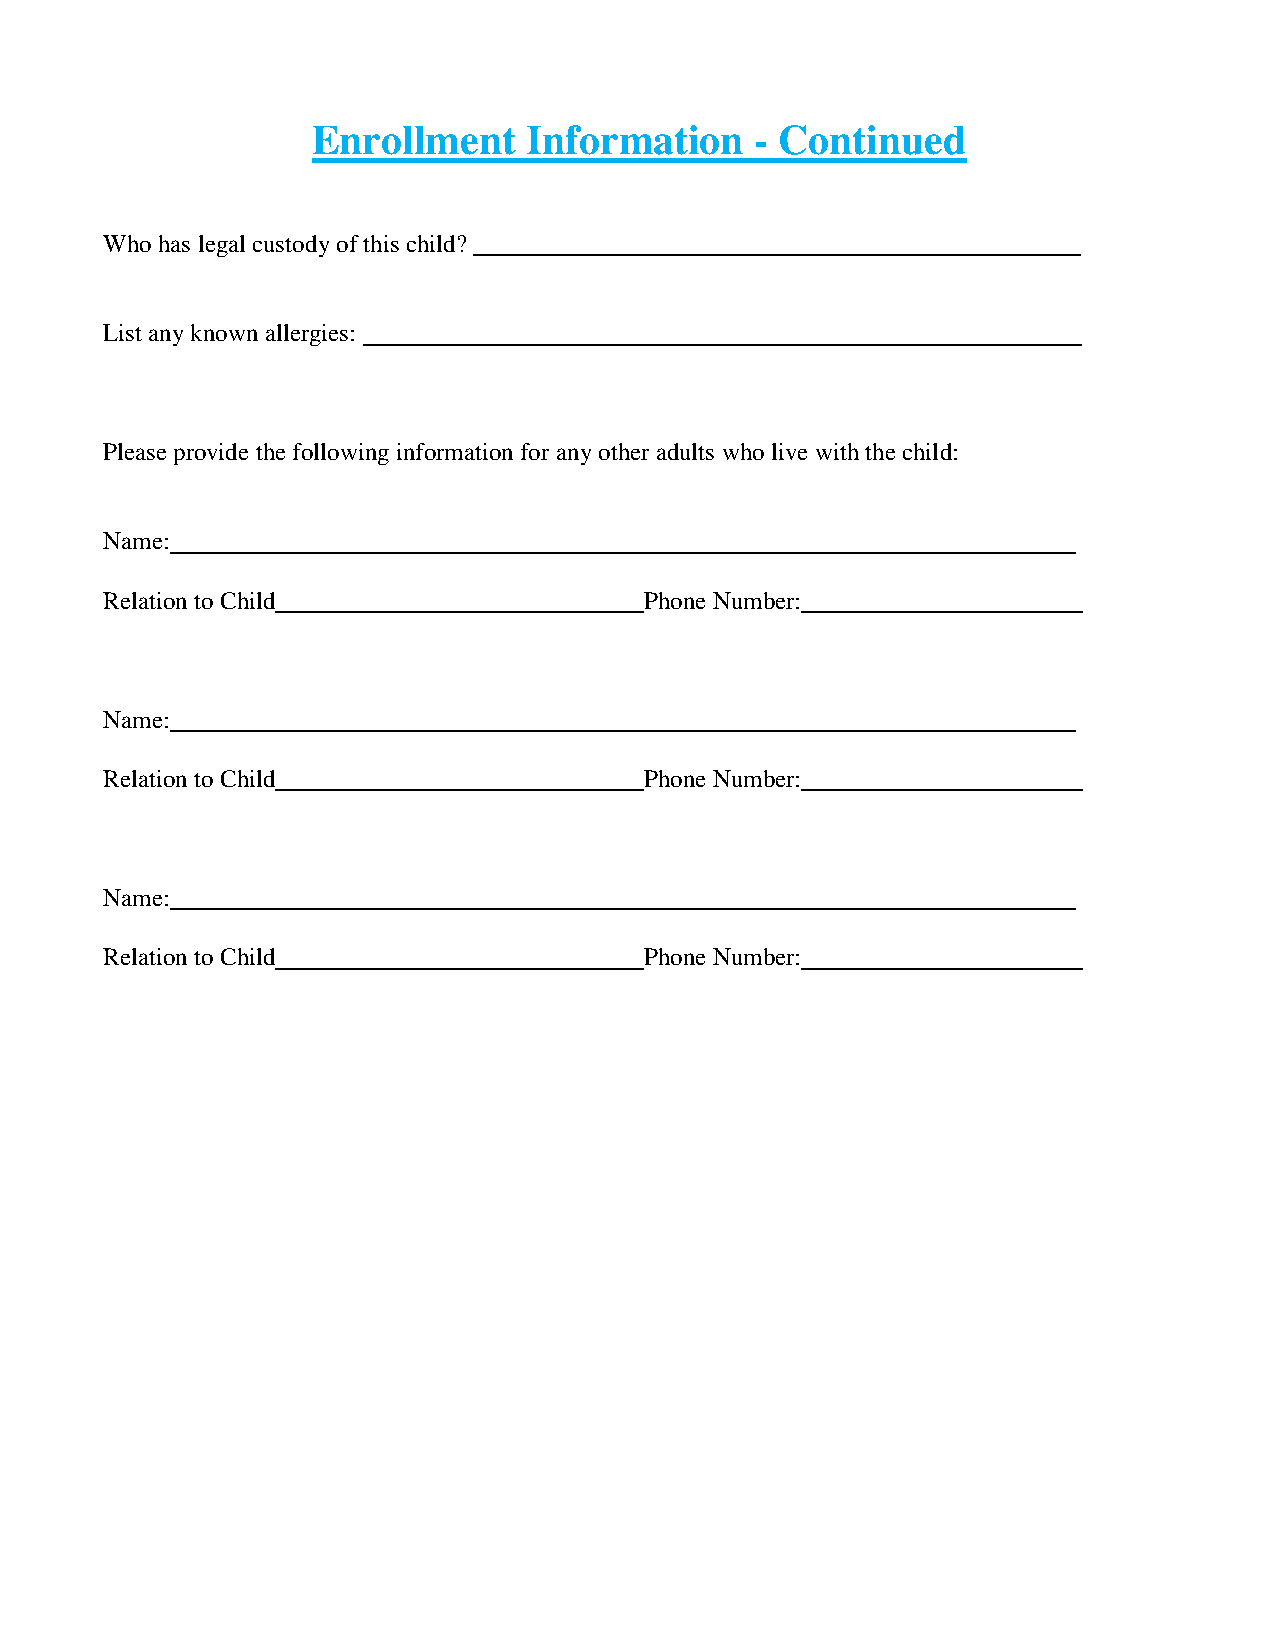
Enrollment    Information    - Continued
 Who has legal custody of this child?
 List any known allergies:
 Please provide the following information for any other adults who live with the child:
 Name:
 Relation to Child                   Phone Number:
 Name:
 Relation to Child                   Phone Number:
 Name:
 Relation to Child                   Phone Number: